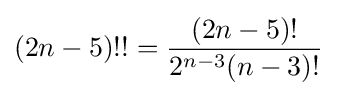
(2n-5)!!={\frac {(2n-5)!}{2^{n-3}(n-3)!}}